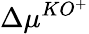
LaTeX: \Delta\mu^{KO^{+}}